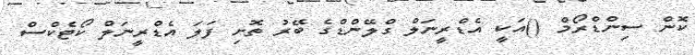
ކޮން ސިންޑްރޯމް ()އަކީ އެޑްރީނަލް ގްލޭންޑްގެ ބޭރު ތޮށި ފަލަ އެޑްރީނަލް ކޯޓެކްސް